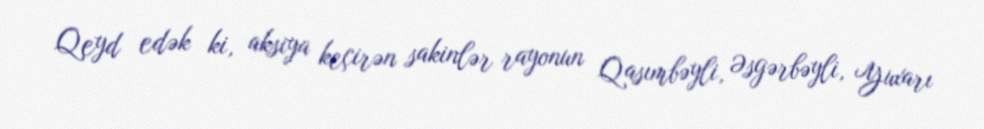
Qeyd edək ki, aksiya keçirən sakinlər rayonun Qasımbəyli, Əsgərbəyli, Yuxarı